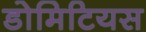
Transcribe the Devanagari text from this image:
डोमिटियस